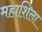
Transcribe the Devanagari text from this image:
महाशिला